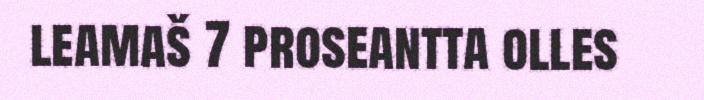
leamaš 7 proseantta olles